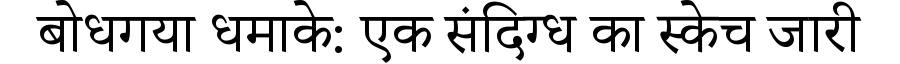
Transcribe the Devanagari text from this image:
बोधगया धमाके: एक संदिग्ध का स्केच जारी